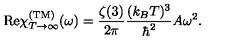
\mathrm { R e } \chi _ { T \rightarrow \infty } ^ { \mathrm { ( T M ) } } ( \omega ) = { \frac { \zeta ( 3 ) } { 2 \pi } } { \frac { ( k _ { B } T ) ^ { 3 } } { \hbar ^ { 2 } } } A \omega ^ { 2 } .